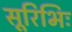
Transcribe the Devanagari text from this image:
सूरिभिः